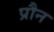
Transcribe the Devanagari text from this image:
प्रौन